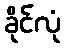
ခိုင်လုံ